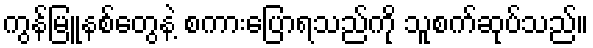
ကွန်မြူနစ်တွေနဲ့ စကားပြောရသည်ကို သူစက်ဆုပ်သည်။